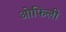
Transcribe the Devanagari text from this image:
ओफिली